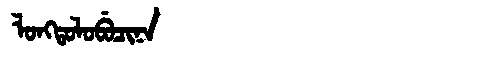
Manchu: ᠯᠣᠩᡨᠣᠯᠣᠪᡠᠴᡳᠨᠠ
Romanization: LONGTOLOBUCINA